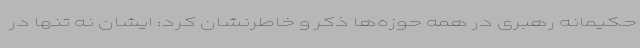
حکیمانه رهبری در همه حوزه‌ها ذکر و خاطرنشان کرد: ایشان نه تنها در